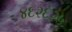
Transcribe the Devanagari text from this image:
४६२६२५